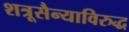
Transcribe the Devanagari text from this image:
शत्रूसैन्याविरुद्ध